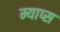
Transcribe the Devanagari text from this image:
म्याप्स